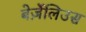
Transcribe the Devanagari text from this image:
बेर्ज़ेलिउस